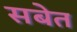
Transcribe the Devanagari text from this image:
सबेत